Report of the Indian Hemp Drugs Commission, 1894-1895 - Volume VIII
Year: 1894
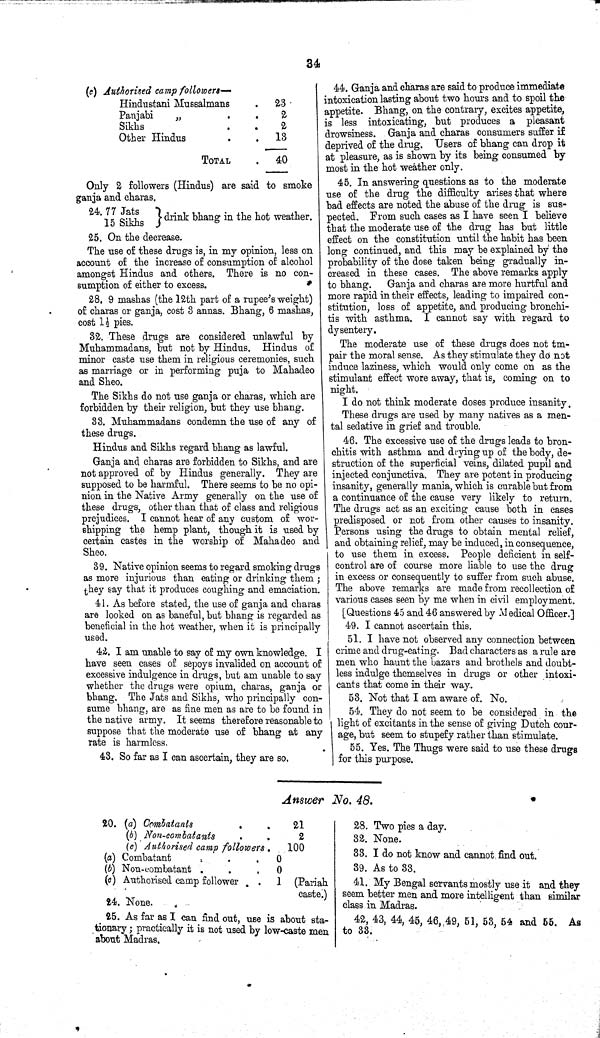
34
(e) Authorised camp followers—
Hindustani Mussalmans
23
Panjabi
"
2
Sikhs
2
Other Hindus
13
TOTAL
40
Only 2 followers (Hindus) are said to smoke
ganja and charas.
24.77 Jats
15 Sikhs
drink bhang in the hot weather.
25. On the decrease.
The use of these drugs is, in my opinion, less on
account of the increase of consumption of alcohol
amongst Hindus and others. There is no con-
sumption of either to excess.
28. 9 mashas (the 12th part of a rupee's weight)
of charas or ganja, cost 3 annas. Bhang, 6 mashas,
cost 11/2 pies.
32. These drugs are considered unlawful by
Muhammadans, but not by Hindus. Hindus of
minor caste use them in religious ceremonies, such
as marriage or in performing puja to Mahadeo
and Sheo.
The Sikhs do not use ganja or charas, which are
forbidden by their religion, but they use bhang.
33. Muhammadans condemn the use of any of
these drugs.
Hindus and Sikhs regard bhang as lawful.
Ganja and charas are forbidden to Sikhs, and are
not approved of by Hindus generally. They are
supposed to be harmful. There seems to be no opi-
nion in the Native Army generally on the use of
these drugs, other than that of class and religious
prejudices. I cannot hear of any custom of wor-
shipping the hemp plant, though it is used by
certain castes in the worship of Mahadeo and
Sheo.
39. Native opinion seems to regard smoking drugs
as more injurious than eating or drinking them;
they say that it produces coughing and emaciation.
41. As before stated, the use of ganja and charas
are looked on as baneful, but bhang is regarded as
beneficial in the hot weather, when it is principally
used.
42. I am unable to say of my own knowledge. I
have seen cases of sepoys invalided on account of
excessive indulgence in drugs, but am unable to say
whether the drugs were opium, charas, ganja or
bhang. The Jats and Sikhs, who principally con-
sume bhang, are as fine men as are to be found in
the native army. It seems therefore reasonable to
suppose that the moderate use of bhang at any
rate is harmless.
43. So far as I can ascertain, they are so.
44. Ganja and charas are said to produce immediate
intoxication lasting about two hours and to spoil the
appetite. Bhang, on the contrary, excites appetite,
is less intoxicating, but produces a pleasant
drowsiness. Ganja and charas consumers suffer if
deprived of the drug. Users of bhang can drop it
at pleasure, as is shown by its being consumed by
most in the hot weather only.
45. In answering questions as to the moderate
use of the drug the difficulty arises that where
bad effects are noted the abuse of the drug is sus-
pected. From such cases as I have seen I believe
that the moderate use of the drug has but little
effect on the constitution until the habit has been
long continued, and this may be explained by the
probability of the dose taken being gradually in-
creased in these cases. The above remarks apply
to bhang. Ganja and charas are more hurtful and
more rapid in their effects, leading to impaired con-
stitution, loss of appetite, and producing bronchi-
tis with asthma. I cannot say with regard to
dysentery.
The moderate use of these drugs does not tm-
pair the moral sense. As they stimulate they do not
induce laziness, which would only come on as the
stimulant effect wore away, that is, coming on to
night.
I do not think moderate doses produce insanity.
These drugs are used by many natives as a men-
tal sedative in grief and trouble.
46. The excessive use of the drugs leads to bron-
chitis with asthma and drying up of the body, de-
struction of the superficial veins, dilated pupil and
injected conjunctiva. They are potent in producing
insanity, generally mania, which is curable but from
a continuance of the cause very likely to return.
The drugs act as an exciting cause both in cases
predisposed or not from other causes to insanity.
Persons using the drugs to obtain mental relief,
and obtaining relief, may be induced, in consequence,
to use them in excess. People deficient in self-
control are of course more liable to use the drug
in excess or consequently to suffer from such abuse.
The above remarks are made from recollection of
various cases seen by me when in civil employment.
[Questions 45 and 46 answered by Medical Officer.]
49. I cannot ascertain this.
51. I have not observed any connection between
crime and drug-eating. Bad characters as a rule are
men who haunt the bazars and brothels and doubt-
less indulge themselves in drugs or other intoxi-
cants that come in their way.
53. Not that I am aware of. No.
54. They do not seem to be considered in the
light of excitants in the sense of giving Dutch cour-
age, but seem to stupefy rather than stimulate.
55. Yes. The Thugs were said to use these drugs
for this purpose.
Answer No. 48.
20. (a) Combatants
21
(b) Non-combatants
2
(c) Authorised camp followers
100
(a) Combatant
0
(b) Non-combatant
0
(o) Authorised camp follower
1 (Pariah
caste.)
24. None.
25. As far as I can find out, use is about sta-
tionary; practically it is not used by low-caste men
about Madras.
28. Two pies a day.
32. None.
33. I do not know and cannot find out.
39. As to 33.
41. My Bengal servants mostly use it and they
seem better men and more intelligent than similar
class in Madras.
42, 43, 44, 45, 46, 49, 51, 53, 54 and 55. As
to 33.